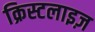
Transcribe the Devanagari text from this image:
क्रिस्टलाइज़